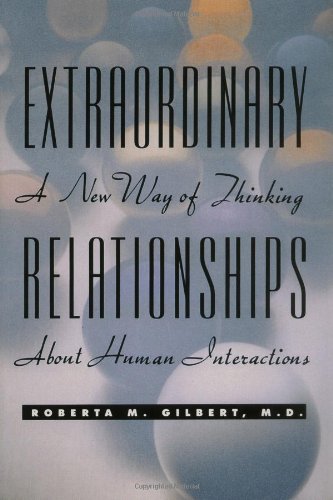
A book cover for Extraordinary Relationships: A New Way of Thinking About Human Interactions; Roberta M. Gilbert; Self-Help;